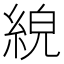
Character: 𦀸